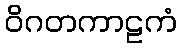
ဝိဂတကာဠကံ